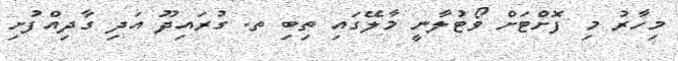
މިހާރު މި ފޮށްޓަށް ވޯޓުލާނީ މާލޭގައި ތިބި ތ. ގުރައިދޫ އަދި ގާދިއްފުށި